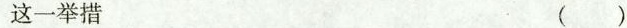
这一举措 （ ）